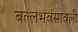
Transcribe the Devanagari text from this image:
बल्लभवंसावली